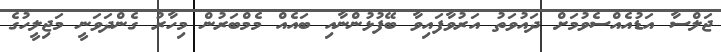
ޖަލްސާ އަޑުއެއްސެވުމަށް ދައުވަތު އަރުވާފައިވާ ބޭފުޅުންނާއި ބައެއް މެމްބަރުން މިހާރު ގެންދަވަނީ މަޖިލީހުގެ